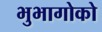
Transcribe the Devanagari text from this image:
भुभागोको